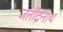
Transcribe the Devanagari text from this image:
जतींद्रनाथ